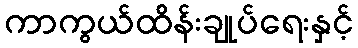
ကာကွယ်ထိန်းချုပ်ရေးနှင့်